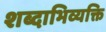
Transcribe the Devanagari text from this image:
शब्दाभिव्यक्ति